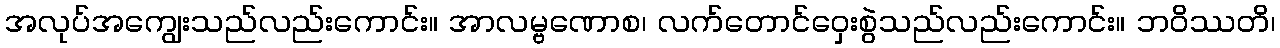
အလုပ်အကျွေးသည်လည်းကောင်း။ အာလမ္ဗဏောစ၊ လက်တောင်ဝှေးစွဲသည်လည်းကောင်း။ ဘဝိဿတိ၊